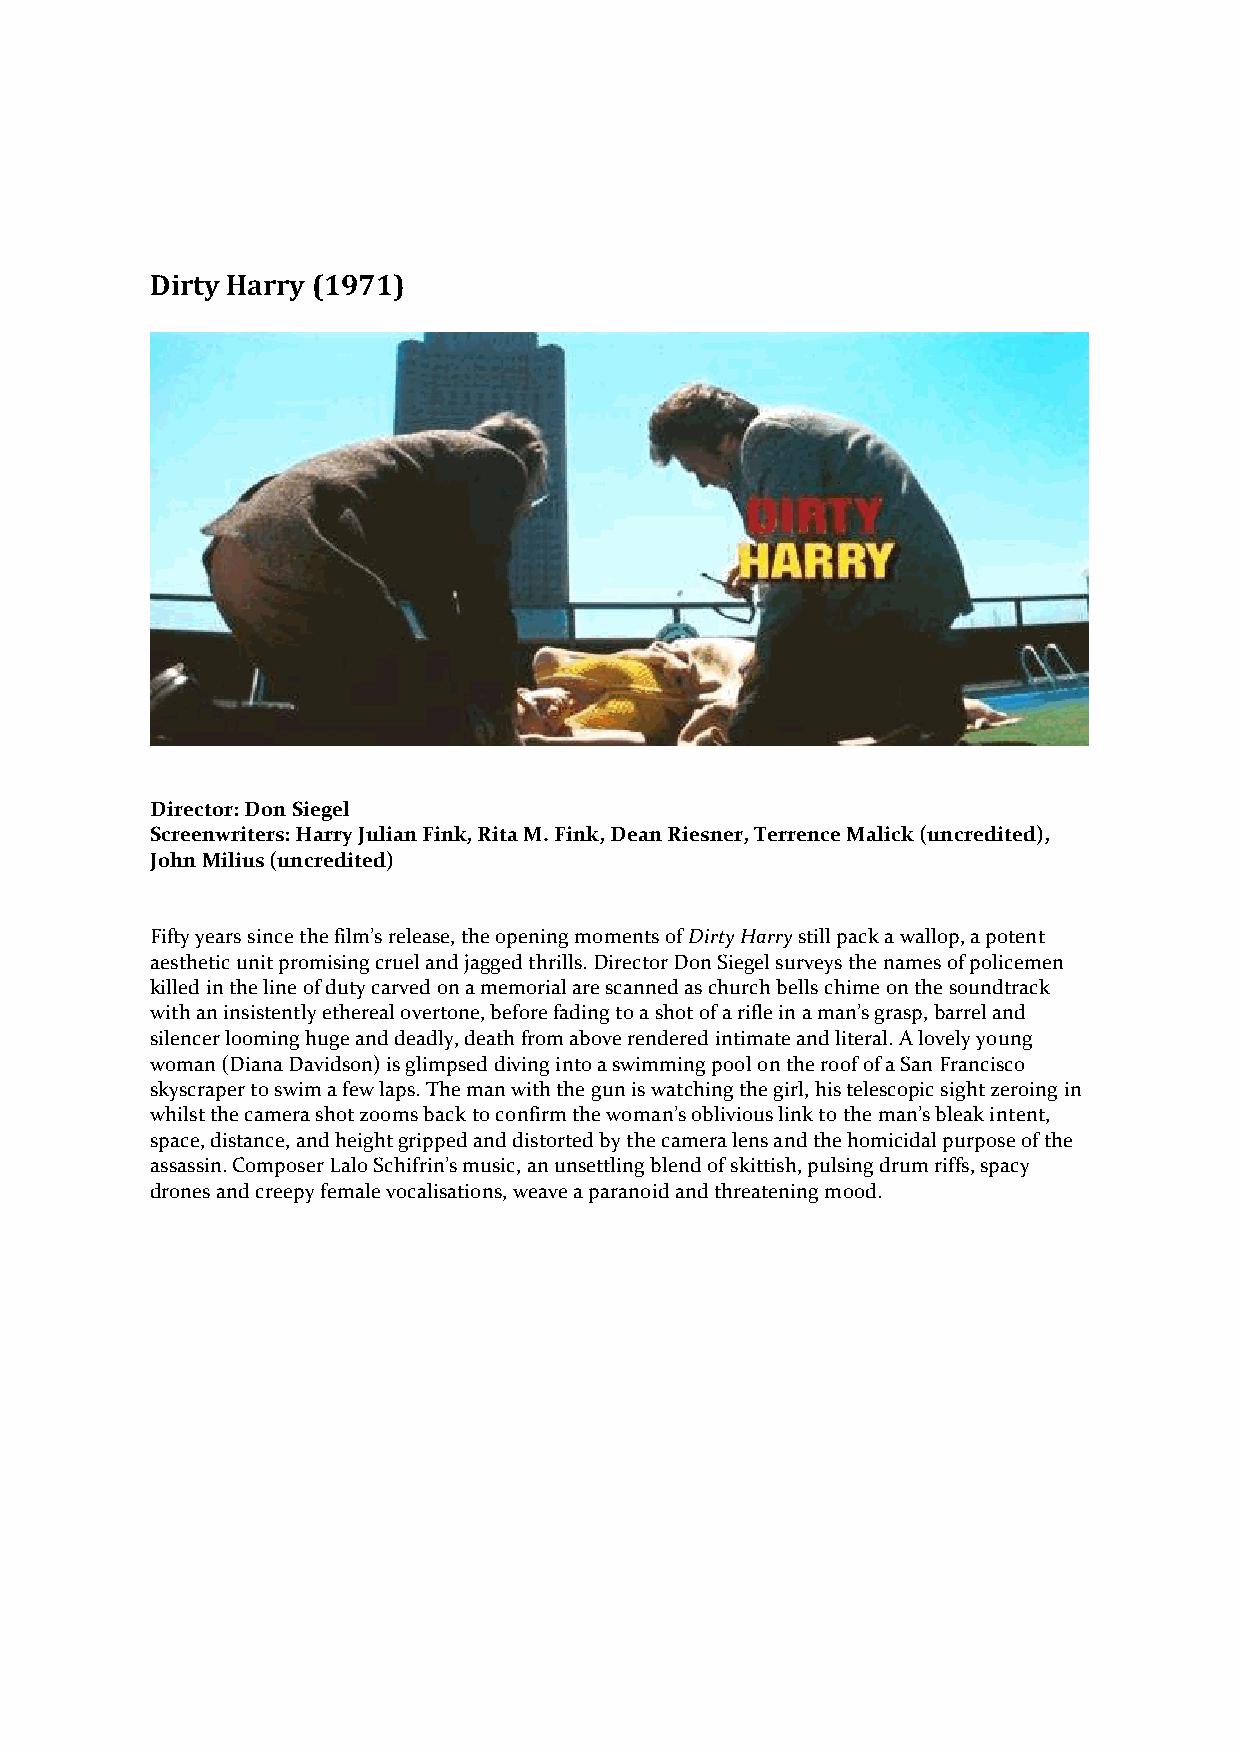
Dirty Harry (1971)
 Director: Don Siegel
 Screenwriters: Harry Julian Fink, Rita M. Fink, Dean Riesner, Terrence Malick (uncredited),
 John Milius (uncredited)
 Fifty years since the film’s release, the opening moments of Dirty Harry still pack a wallop, a potent
 aesthetic unit promising cruel and jagged thrills. Director Don Siegel surveys the names of policemen
 killed in the line of duty carved on a memorial are scanned as church bells chime on the soundtrack
 with an insistently ethereal overtone, before fading to a shot of a rifle in a man’s grasp, barrel and
 silencer looming huge and deadly, death from above rendered intimate and literal. A lovely young
 woman (Diana Davidson) is glimpsed diving into a swimming pool on the roof of a San Francisco
 skyscraper to swim a few laps. The man with the gun is watching the girl, his telescopic sight zeroing in
 whilst the camera shot zooms back to confirm the woman’s oblivious link to the man’s bleak intent,
 space, distance, and height gripped and distorted by the camera lens and the homicidal purpose of the
 assassin. Composer Lalo Schifrin’s music, an unsettling blend of skittish, pulsing drum riffs, spacy
 drones and creepy female vocalisations, weave a paranoid and threatening mood.